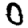
Digit: 0